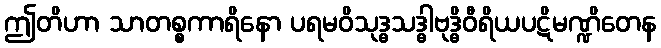
ဤတိဟာ သာတစ္စကာရိနော ပရမဝိသုဒ္ဓသဒ္ဓါဗုဒ္ဓိဝီရိယပဋိမဏ္ဍိတေန